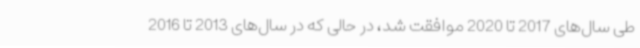
طی سال‌های 2017 تا 2020 موافقت شد، در حالی که در سال‌های 2013 تا 2016